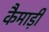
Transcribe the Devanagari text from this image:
कैमाड़ी